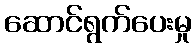
ဆောင်ရွက်ပေးမှု